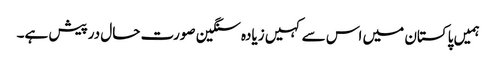
ہمیں پاکستان میں اس سے کہیں زیادہ سنگین صورت حال درپیش ہے۔